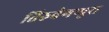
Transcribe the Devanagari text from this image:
तिरुवेगप्पुरा